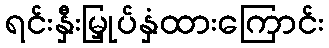
ရင်းနှီးမြှုပ်နှံထားကြောင်း